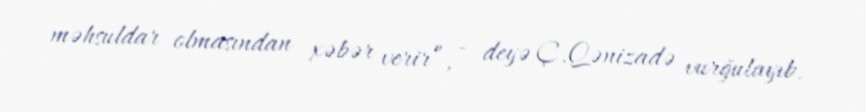
məhsuldar olmasından xəbər verir”, - deyə Ç.Qənizadə vurğulayıb.